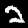
Label: 2